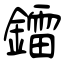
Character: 鐳